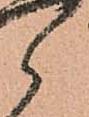
郎